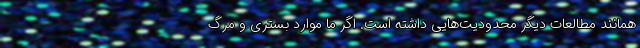
همانند مطالعات دیگر محدودیت‌هایی داشته است. اگر ما موارد بستری و مرگ